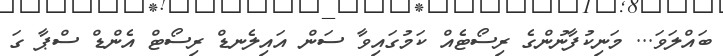
ބައްލަވަ... މަނިކުފާނުންގެ ރިސޯޓެއް ކަމުގައިވާ ސަން އައިލެނޑް ރިސޯޓް އެންޑް ސްޕާ ގަ